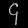
Digit: ၄